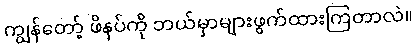
ကျွန်တော့် ဖိနပ်ကို ဘယ်မှာများဖွက်ထားကြတာလဲ။